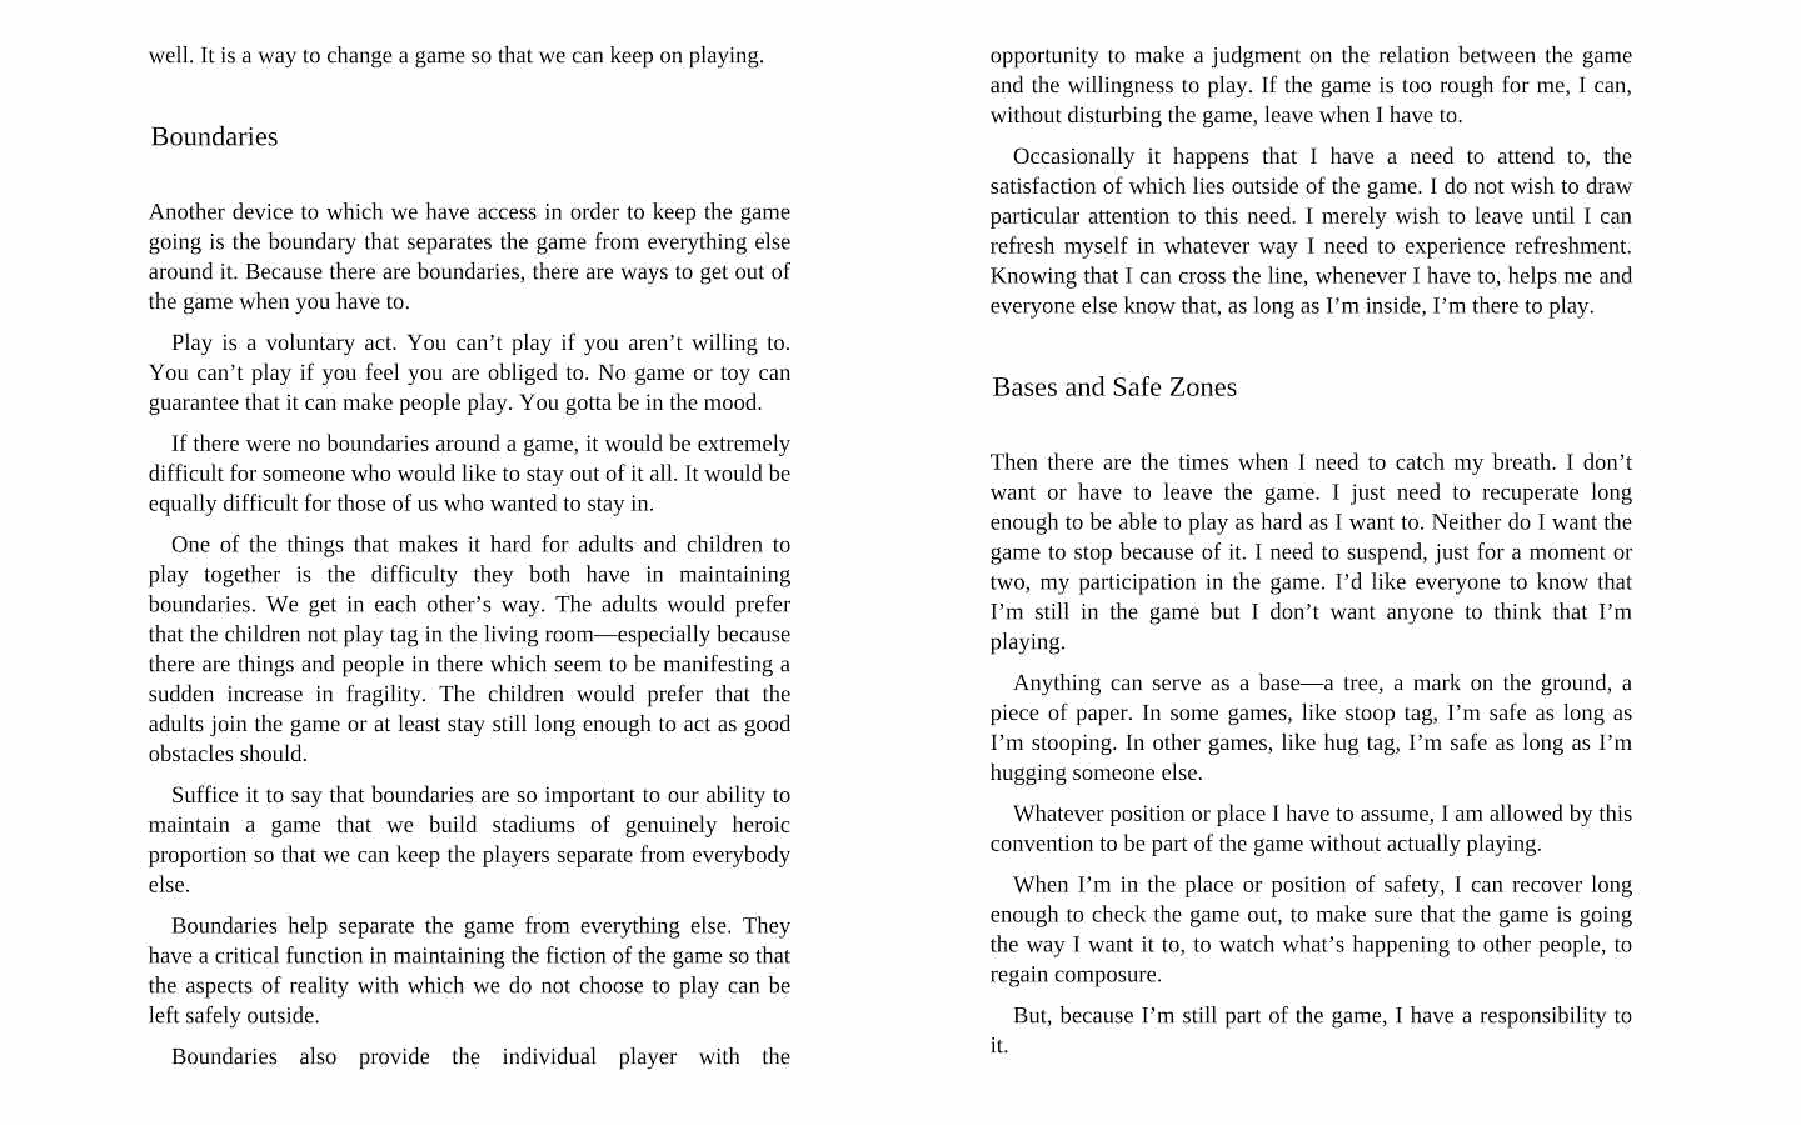
well. It is a way to change a game so that we can keep on playing. opportunity to make a judgment on the relation between the game
 and the willingness to play. If the game is too rough for me, I can,
 without disturbing the game, leave when I have to.
 Boundaries
 Occasionally it happens that I have a need to attend to, the
 satisfaction of which lies outside of the game. | do not wish to draw
 Another device to which we have access in order to keep the game particular attention to this need. I merely wish to leave until I can
 going is the boundary that separates the game from everything else refresh myself in whatever way I need to experience refreshment.
 around it. Because there are boundaries, there are ways to get out of Knowing that I can cross the line, whenever I have to, helps me and
 the game when you have to.                              everyone else know that, as long as I’m inside, I’m there to play.
 Play is a voluntary act. You can’t play if you aren’t willing to.
 You can’t play if you feel you are obliged to. No game or toy can
 Bases and Safe Zones
 guarantee that it can make people play. You gotta be in the mood.
 If there were no boundaries around a game, it would be extremely
 Then there are the times when I need to catch my breath. I don’t
 difficult for someone who would like to stay out of it all. It would be
 want or have to leave the game. I just need to recuperate long
 equally difficult for those of us who wanted to stay in.
 enough to be able to play as hard as I want to. Neither do I want the
 One of the things that makes it hard for adults and children to
 game to stop because of it. I need to suspend, just for a moment or
 play together is the difficulty they both have in maintaining
 two, my participation in the game. I’d like everyone to know that
 boundaries. We get in each other’s way. The adults would prefer
 T’m still in the game but I don’t want anyone to think that I’m
 that the children not play tag in the living room—especially because playing.
 there are things and people in there which seem to be manifesting a
 sudden increase in fragility. The children would prefer that the Anything can serve as a base—a tree, a mark on the ground, a
 piece of paper. In some games, like stoop tag, I’m safe as long as
 adults join the game or at least stay still long enough to act as good
 I’m stooping. In other games, like hug tag, I’m safe as long as I’m
 obstacles should.
 hugging someone else.
 Suffice it to say that boundaries are so important to our ability to
 Whatever position or place I have to assume, I am allowed by this
 maintain a game that we build stadiums of genuinely heroic
 convention to be part of the game without actually playing.
 proportion so that we can keep the players separate from everybody
 When I’m in the place or position of safety, I can recover long
 else.
 Boundaries help separate the game from everything else. They enough to check the game out, to make sure that the game is going
 the way I want it to, to watch what’s happening to other people, to
 have a critical function in maintaining the fiction of the game so that
 regain composure.
 the aspects of reality with which we do not choose to play can be
 left safely outside.                                     But, because I’m still part of the game, I have a responsibility to
 it,
 Boundaries also provide the individual player with the